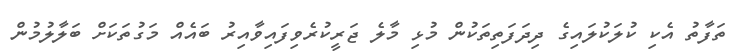
ތަފާތު އެކި ކުލަކުލައިގެ ދިދަފަތިތަކުން މުޅި މާލެ ޖަރީކުރެވިފައިވާއިރު ބައެއް މަގުތަކަށް ބަލާލުމުން